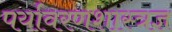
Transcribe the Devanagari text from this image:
पर्यावरणशास्त्रज्ञ